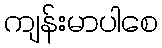
ကျန်းမာပါစေ